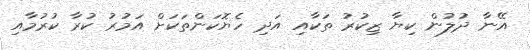
އޭނާ ދުލުން ކިޔާ ޒިކުރު ތަކާއި އަދި ހެޔޮކަންތަކަށް އަމުރު ކުރާ ކުރުމާއި